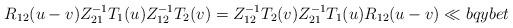
LaTeX: \begin{align*}{R}_{12}(u-v)Z_{21}^{-1} T_{1}(u)Z_{12}^{-1} T_{2}(v)= Z_{12}^{-1} T_{2}(v) Z_{21}^{-1} T_{1}(u){R}_{12}(u-v)\ll{bqybet}\end{align*}